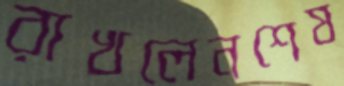
রাখলেনশেষ